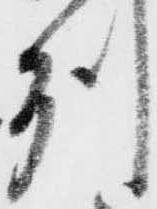
州